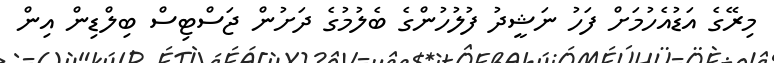
މިރޭގެ އަޑުއެހުމަށް ފަހު ނަޝީދު ފުލުހުންގެ ބެލުމުގެ ދަށުން ޖަސްޓިސް ބިލްޑިން އިން